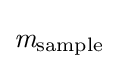
{\mathit {m}}_{\mathrm {sample} }